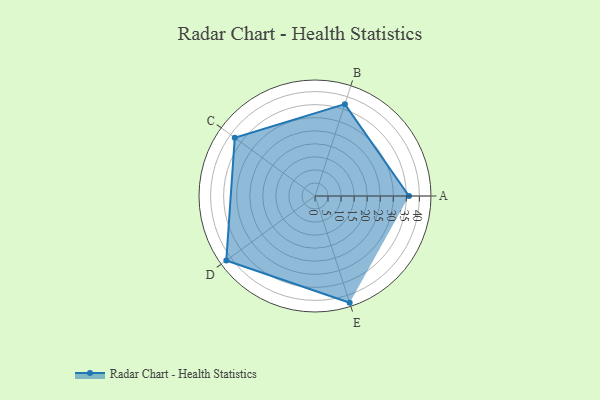
{"axis": {"x": "Skill", "y": "Score"}, "legend": ["Profile"], "data": [{"x": "A", "y": 36.0, "type": "Profile"}, {"x": "B", "y": 37.0, "type": "Profile"}, {"x": "C", "y": 38.0, "type": "Profile"}, {"x": "D", "y": 42.0, "type": "Profile"}, {"x": "E", "y": 43.0, "type": "Profile"}]}